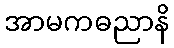
အာမကဓညာနိ